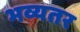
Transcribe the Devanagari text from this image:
भव्यतर